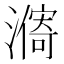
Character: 𣿾